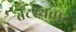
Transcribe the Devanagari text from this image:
तटस्थवाद